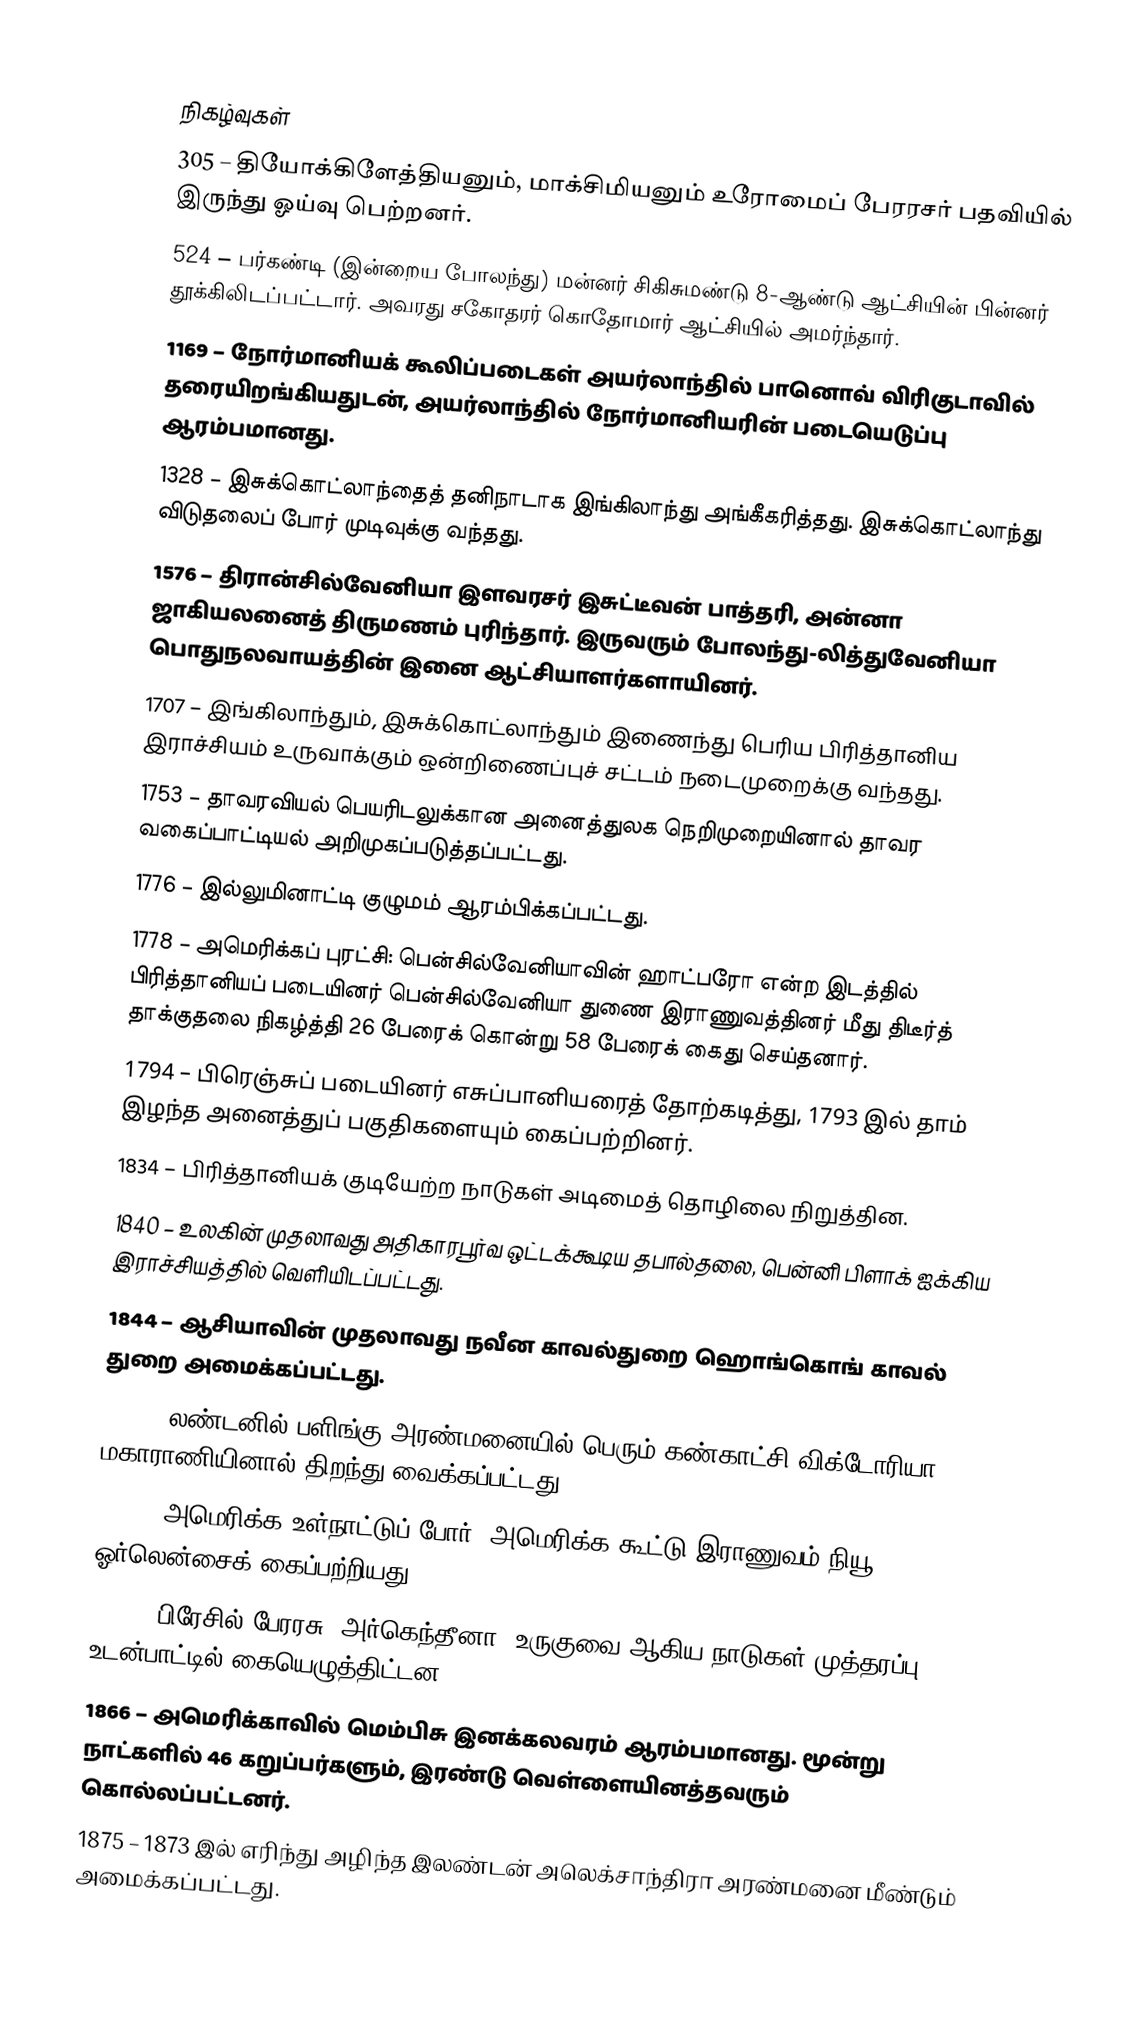

நிகழ்வுகள்
 305 – தியோக்கிளேத்தியனும், மாக்சிமியனும் உரோமைப் பேரரசர் பதவியில் இருந்து ஓய்வு பெற்றனர்.
 524 – பர்கண்டி (இன்றைய போலந்து) மன்னர் சிகிசுமண்டு 8-ஆண்டு ஆட்சியின் பின்னர் தூக்கிலிடப்பட்டார். அவரது சகோதரர் கொதோமார் ஆட்சியில் அமர்ந்தார்.
1169 – நோர்மானியக் கூலிப்படைகள் அயர்லாந்தில் பானொவ் விரிகுடாவில் தரையிறங்கியதுடன், அயர்லாந்தில் நோர்மானியரின் படையெடுப்பு ஆரம்பமானது.
1328 – இசுக்கொட்லாந்தைத் தனிநாடாக இங்கிலாந்து அங்கீகரித்தது. இசுக்கொட்லாந்து விடுதலைப் போர் முடிவுக்கு வந்தது.
1576 – திரான்சில்வேனியா இளவரசர் இசுட்டீவன் பாத்தரி, அன்னா ஜாகியலனைத் திருமணம் புரிந்தார். இருவரும் போலந்து-லித்துவேனியா பொதுநலவாயத்தின் இனை ஆட்சியாளர்களாயினர்.
1707 – இங்கிலாந்தும், இசுக்கொட்லாந்தும் இணைந்து பெரிய பிரித்தானிய இராச்சியம் உருவாக்கும் ஒன்றிணைப்புச் சட்டம் நடைமுறைக்கு வந்தது.
1753 – தாவரவியல் பெயரிடலுக்கான அனைத்துலக நெறிமுறையினால் தாவர வகைப்பாட்டியல் அறிமுகப்படுத்தப்பட்டது.
1776 – இல்லுமினாட்டி குழுமம் ஆரம்பிக்கப்பட்டது.
1778 – அமெரிக்கப் புரட்சி: பென்சில்வேனியாவின் ஹாட்பரோ என்ற இடத்தில் பிரித்தானியப் படையினர் பென்சில்வேனியா துணை இராணுவத்தினர் மீது திடீர்த் தாக்குதலை நிகழ்த்தி 26 பேரைக் கொன்று 58 பேரைக் கைது செய்தனார்.
1794 – பிரெஞ்சுப் படையினர் எசுப்பானியரைத் தோற்கடித்து, 1793 இல் தாம் இழந்த அனைத்துப் பகுதிகளையும் கைப்பற்றினர்.
1834 – பிரித்தானியக் குடியேற்ற நாடுகள் அடிமைத் தொழிலை நிறுத்தின.
1840 – உலகின் முதலாவது அதிகாரபூர்வ ஒட்டக்கூடிய தபால்தலை, பென்னி பிளாக் ஐக்கிய இராச்சியத்தில் வெளியிடப்பட்டது.
1844 – ஆசியாவின் முதலாவது நவீன காவல்துறை ஹொங்கொங் காவல் துறை அமைக்கப்பட்டது.
1851 – லண்டனில் பளிங்கு அரண்மனையில் பெரும் கண்காட்சி விக்டோரியா மகாராணியினால் திறந்து வைக்கப்பட்டது.
1862 – அமெரிக்க உள்நாட்டுப் போர்: அமெரிக்க கூட்டு இராணுவம் நியூ ஓர்லென்சைக் கைப்பற்றியது.
1865 – பிரேசில் பேரரசு, அர்கெந்தீனா, உருகுவை ஆகிய நாடுகள் முத்தரப்பு உடன்பாட்டில் கையெழுத்திட்டன.
1866 – அமெரிக்காவில் மெம்பிசு இனக்கலவரம் ஆரம்பமானது. மூன்று நாட்களில் 46 கறுப்பர்களும், இரண்டு வெள்ளையினத்தவரும் கொல்லப்பட்டனர்.
1875 – 1873 இல் எரிந்து அழிந்த இலண்டன் அலெக்சாந்திரா அரண்மனை மீண்டும் அமைக்கப்பட்டது.